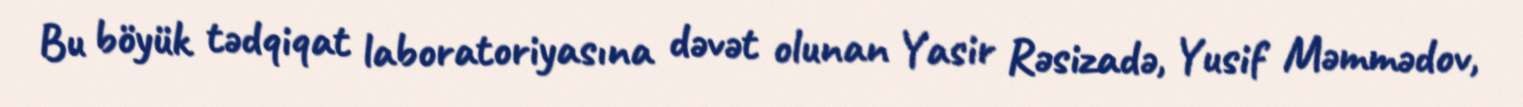
Bu böyük tədqiqat laboratoriyasına dəvət olunan Yasir Rəsizadə, Yusif Məmmədov,